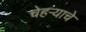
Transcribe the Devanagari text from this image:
चेहऱ्याचे